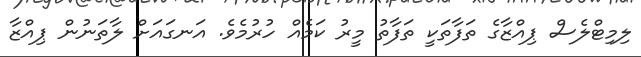
ލިމިޓްލެސް ޕިއްޒާގެ ތަފާތަކީ ތަފާތު މީރު ކަމެއް ހުރުމެވެ. އަނގައަށް ލާތަނުން ޕިއްޒާ